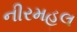
નીરમહલ